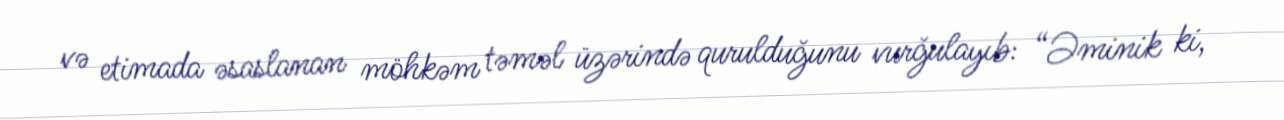
və etimada əsaslanan möhkəm təməl üzərində qurulduğunu vurğulayıb: “Əminik ki,